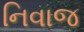
નિવાજ